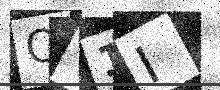
Text: QT1I